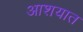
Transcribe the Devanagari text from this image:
आशयात